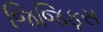
જિજિફસ